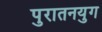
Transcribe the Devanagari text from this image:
पुरातनयुग